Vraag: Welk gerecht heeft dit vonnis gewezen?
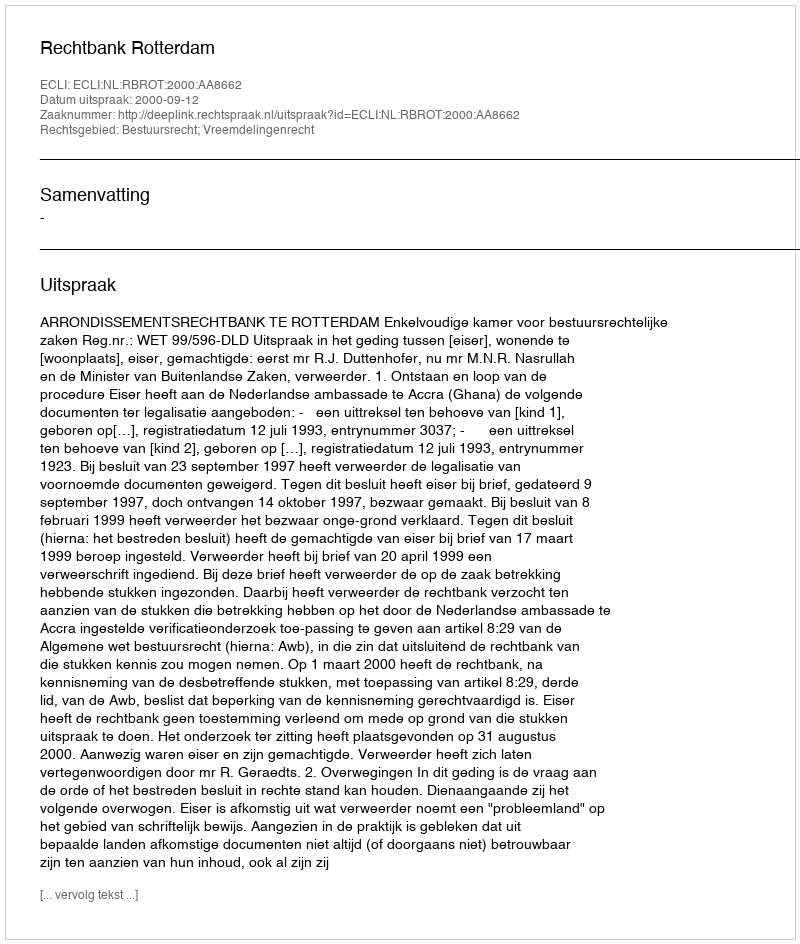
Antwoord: Rechtbank Rotterdam